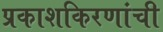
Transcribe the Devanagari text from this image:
प्रकाशकिरणांची